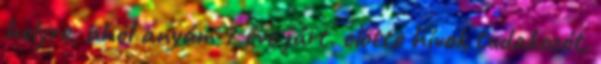
helyre, ahol anyám 7 éve járt. előtte hívok tudakozót,